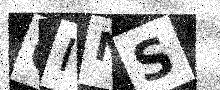
Text: 6INS